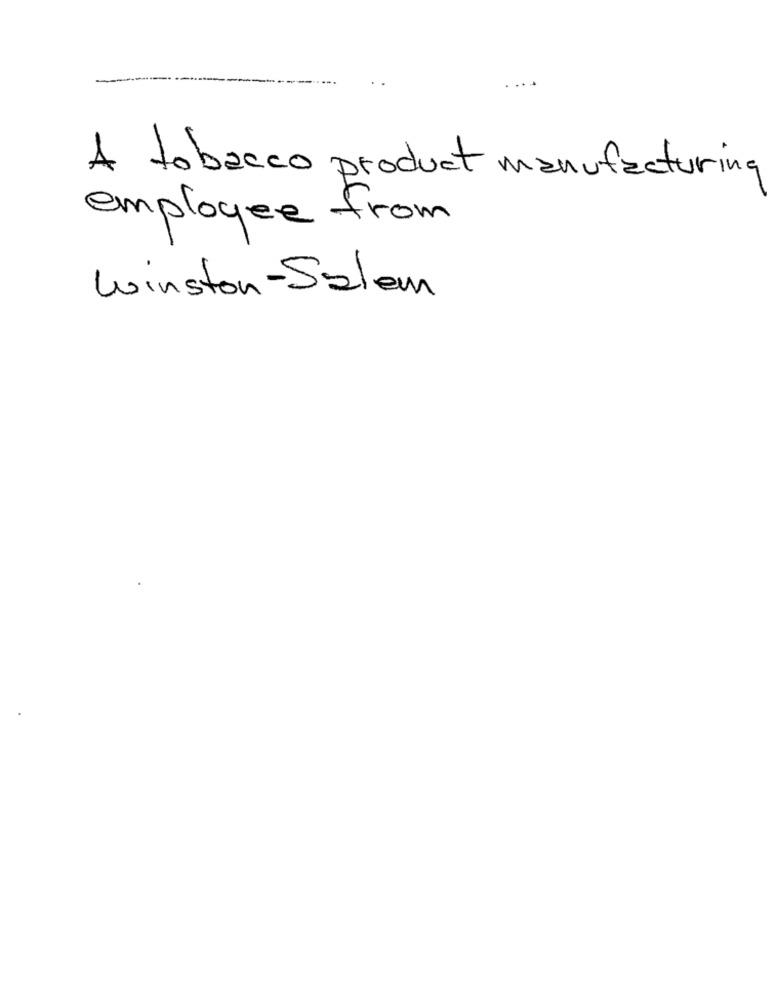
A tobacco product manufacturing
employee from
Winston-Salem